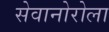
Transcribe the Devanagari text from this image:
सेवानोरोला